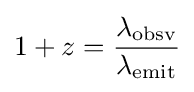
1+z={\frac {\lambda _{\mathrm {obsv} }}{\lambda _{\mathrm {emit} }}}